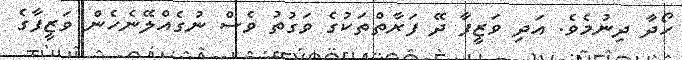
ހޯދާ ދިނުމެވެ. އަދި ވަޒީފާ ދޭ ފަރާތްތަކުގެ ވަގުތު ވެސް ނުގެއްލޭނެހެން ވަޒީފާގެ